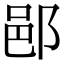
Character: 𨛗